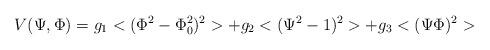
LaTeX: \begin{align*}V(\Psi, \Phi)= g_1 <(\Phi^2-\Phi^2_0)^2> + g_2 <(\Psi^2 -1)^2> + g_3 <(\Psi\Phi)^2>\end{align*}